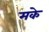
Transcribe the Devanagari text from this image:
मके